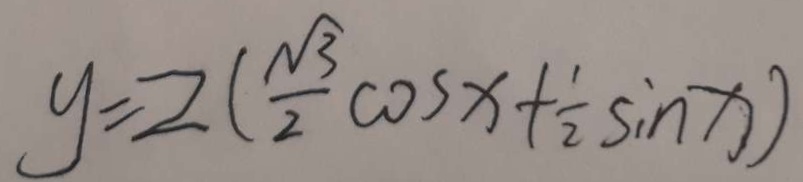
y = 2 ( \frac { \sqrt { 3 } } { 2 } \cos x + \frac { 1 } { 2 } \sin x )